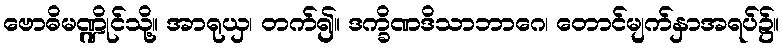
ဗောဓိမဏ္ဍိုင်သို့။ အာရုယှ၊ တက်၍။ ဒက္ခိဏဒိသာဘာဂေ၊ တောင်မျက်နှာအရပ်၌။